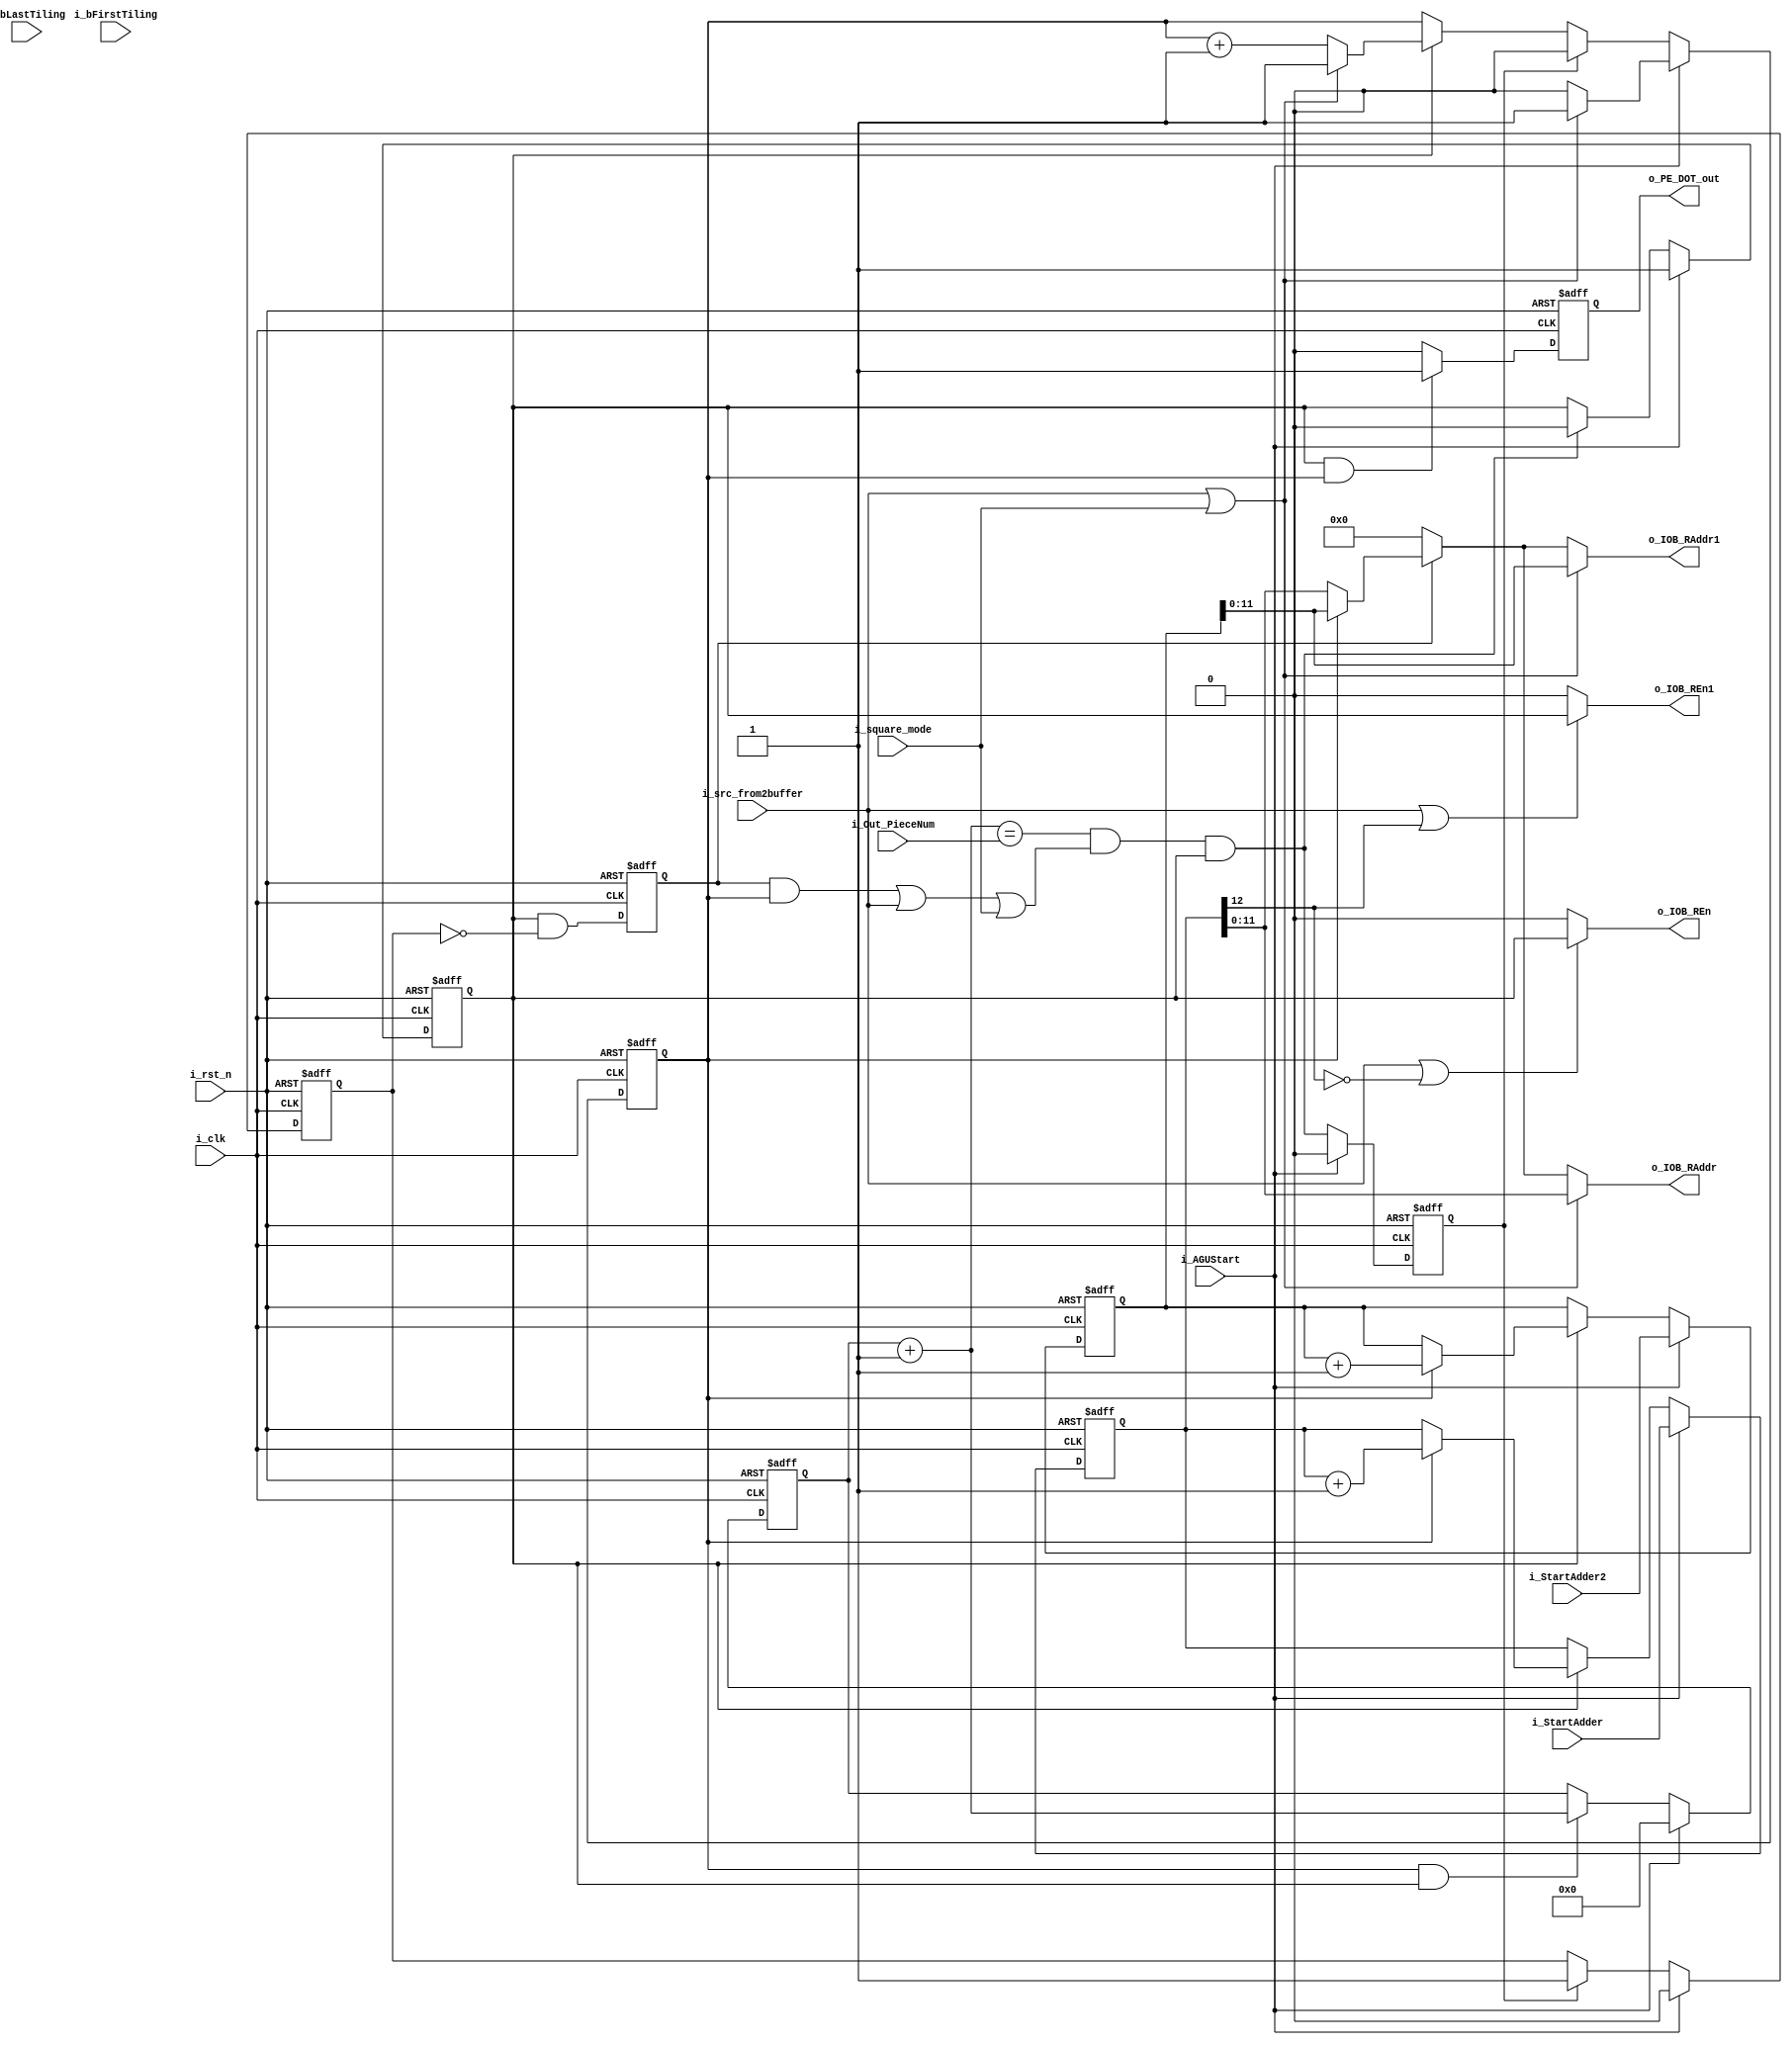
`timescale 1ns / 1ps
//////////////////////////////////////////////////////////////////////////////////
// Company: 
// Engineer: 
// 
// Design Name: 
// Module Name: IAGU_FC
// Project Name: 
// Target Devices: 
// Tool Versions: 
// Description: 
// 
// Dependencies: 
// 
// Revision:
// Revision 0.01 - File Created
// Additional Comments:
// 
//////////////////////////////////////////////////////////////////////////////////
//CHN:FC
module IAGU_DOT (
    input i_clk  ,
    input i_rst_n,

    input [15:0] i_StartAdder   ,
    input [15:0] i_StartAdder2   ,
   // input [7:0] i_Input_PieceNum,
    input [7:0] i_Out_PieceNum  ,
    input i_bFirstTiling        ,
    input i_bLastTiling         ,
    input i_AGUStart            ,
   // input [1:0]buffer_flag,
    input i_square_mode,
    input i_src_from2buffer,

   

    output o_IOB_REn         ,
    //output o_rsel,
    output [11:0] o_IOB_RAddr,
    //output o_PE_DOT_out,
     output o_IOB_REn1         ,
    //output o_rsel1,
    output [11:0] o_IOB_RAddr1,
    output o_PE_DOT_out
);

    reg [15:0] r_OutAdder;
    reg [15:0] r_OutAdder2;
    reg        r_AdderEn;
    wire       c_AdderEnd;
    reg        r_AGU_Endf;

   // reg [7:0] r_InputPiece;
    reg [7:0] r_OutPiece;
    wire      c_InputPieceEnd;
    wire      c_OutPieceEnd;
    //wire      data_from2buffer;
    wire [15:0] same_bufferaddr;

    reg r_WorkEn;
    reg first_group;
    reg r_InputNum;
    reg r_DOTOutEn;
    reg r_AdderEnd;

   // assign data_from2buffer = i_StartAdder[12] != i_StartAdder2[12];
    assign same_bufferaddr = (r_WorkEn==1) ? (r_InputNum ? r_OutAdder2   : r_OutAdder)  : 12'd0;
    assign c_OutPieceEnd   = (r_OutPiece + 8'b1 == i_Out_PieceNum)&&(r_WorkEn&r_InputNum || i_src_from2buffer || i_square_mode);
    assign c_AdderEnd      = c_OutPieceEnd && r_AdderEn;
   
    always@(posedge i_clk or negedge i_rst_n) begin
        if (!i_rst_n)
            r_AdderEn <= 1'd0;
            //first_group <= 1'b0
        else if (i_AGUStart )
            r_AdderEn <= 1'd1;
        else if (c_AdderEnd)
            r_AdderEn <= 1'd0;
        else
            r_AdderEn <= r_AdderEn;
    end
    
      always@(posedge i_clk or negedge i_rst_n) begin
        if (!i_rst_n)
            r_InputNum <= 1'd0;
            //first_group <= 1'b0
        else if (i_AGUStart ) begin
        	if(i_src_from2buffer||i_square_mode)
            r_InputNum <= 1'd1;
           else  r_InputNum <= 1'd0;
            end
        else if (r_AdderEnd)
            r_InputNum <= 1'd0;
        else if(r_AdderEn)
        	if(i_src_from2buffer||i_square_mode)
        	 r_InputNum <= 1'b1;
        	 else
        	 r_InputNum <= r_InputNum + 1'b1;
        else
            r_InputNum <= r_InputNum;
    end
    
    always@(posedge i_clk or negedge i_rst_n) begin
        if (!i_rst_n) first_group <= 1'b0;
        else          first_group <= i_AGUStart;
    end

   
    always@(posedge i_clk or negedge i_rst_n) begin
        if (!i_rst_n)
            r_OutPiece <= 8'd0;
        else if(i_AGUStart )
            r_OutPiece <= 8'd0; 
        else if (r_InputNum & r_AdderEn)               
                    r_OutPiece <= r_OutPiece + 8'd1;
            else
                r_OutPiece <= r_OutPiece;
      
    end

    //CHN:  
    always@(posedge i_clk or negedge i_rst_n) begin
        if (!i_rst_n) begin
                r_OutAdder <= 12'd0;
                r_OutAdder2 <= 12'd0;
                end
        else if (i_AGUStart )begin
                r_OutAdder <= i_StartAdder;
                r_OutAdder2 <= i_StartAdder2;
                end
        else if (r_AdderEn)
            //if (first_group) begin
            //    r_OutAdder <= i_StartAdder;
            //     r_OutAdder2 <= i_StartAdder2;
            //    end
             if(r_InputNum) begin
            	  r_OutAdder <= r_OutAdder + 12'b1;
            	  r_OutAdder2 <= r_OutAdder2 + 12'b1;
            	  end
              //  r_OutAdder <= r_OutAdder + i_Out_PieceNum;
            //else r_OutAdder <= r_OutAdder + 12'b1;
      
    end
     
    always@(posedge i_clk or negedge i_rst_n) begin
        if (!i_rst_n) begin
            r_AGU_Endf <= 1'd0;
        end else begin
            if (i_AGUStart)
                r_AGU_Endf <= 1'd0;
            else if (r_AdderEnd)
                r_AGU_Endf <= 1'd1;
            else
                r_AGU_Endf <= r_AGU_Endf;
        end
    end


    always@(posedge i_clk or negedge i_rst_n) begin
        if (!i_rst_n) begin
            r_DOTOutEn <= 1'd0;
        end else begin
            //if (i_GroupStart&i_bLastTiling&&c_AdderEnd) 
            if (r_AdderEn && r_InputNum)
                r_DOTOutEn <= 1'd1;
            else
                r_DOTOutEn <= 1'd0;
        end
    end

    always@(posedge i_clk or negedge i_rst_n) begin
        if(!i_rst_n) r_WorkEn <= 1'd0;
        else         r_WorkEn <= r_AdderEn & ~r_AGU_Endf;
    end

  always@(posedge i_clk or negedge i_rst_n) begin
        if (!i_rst_n) begin
            r_AdderEnd <= 1'd0;
        end else begin
            if (i_AGUStart)
                r_AdderEnd <= 1'd0;
            else r_AdderEnd <= c_AdderEnd;
        end
    end   
    //output    
    assign o_IOB_RAddr = (i_src_from2buffer || i_square_mode ) ? r_OutAdder[11:0] : same_bufferaddr; 
    assign o_IOB_REn   = (i_src_from2buffer || !r_OutAdder[12]) ? r_AdderEn : 1'b0;
      
    assign o_IOB_RAddr1 = (i_src_from2buffer || i_square_mode ) ? r_OutAdder2[11:0] : same_bufferaddr;
    assign o_IOB_REn1   = (i_src_from2buffer || r_OutAdder[12]) ? r_AdderEn : 1'b0;
   
    assign o_PE_DOT_out = r_DOTOutEn;  
   

endmodule